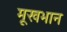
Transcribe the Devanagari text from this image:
मूखभान